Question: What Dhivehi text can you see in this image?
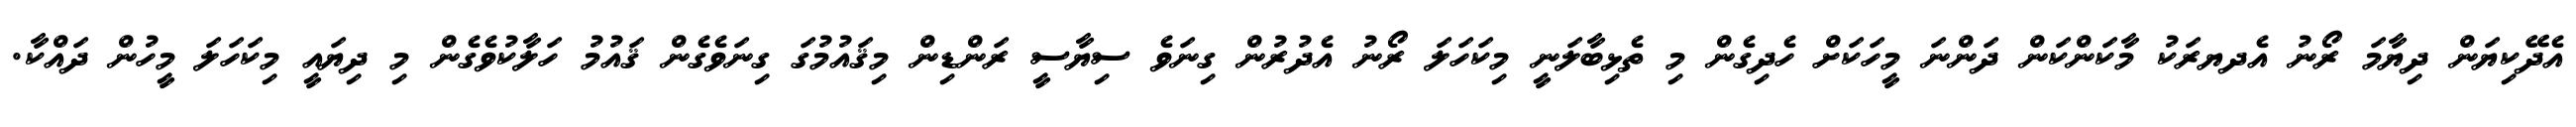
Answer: އެދޭކިޔަން ދިޔާމަ ރޯނު އެދޔރަކު މާކަންކަން ދަންނަ މީހަކަށް ހެދިގެން މި ތެޅިބާލަނީ މިކަހަލަ ރޯނު އެދުރުން ގިނަވެ ސިޔާސީ ރަންޑިން މިޤައުމުގަ ގިނަވެގެން ޤައުމު ހަލާކުވެގެން މި ދިޔައީ މިކަހަލަ މީހުން ދައްކާ.